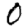
Digit: 0